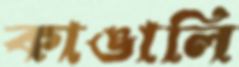
কাঙালি